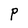
Character: P